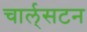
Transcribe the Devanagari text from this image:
चार्ल्‌सटन